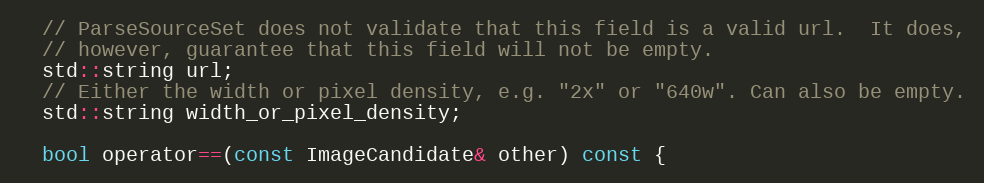
Language: C
  // ParseSourceSet does not validate that this field is a valid url.  It does,
  // however, guarantee that this field will not be empty.
  std::string url;
  // Either the width or pixel density, e.g. "2x" or "640w". Can also be empty.
  std::string width_or_pixel_density;

  bool operator==(const ImageCandidate& other) const {